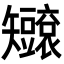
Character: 𥐐